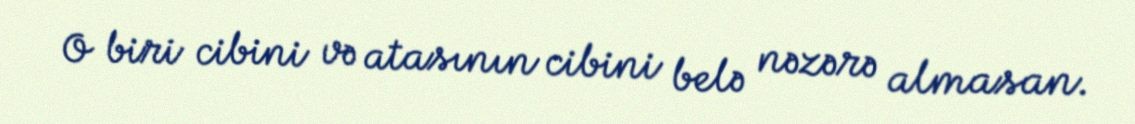
O biri cibini və atasının cibini belə nəzərə almasan.